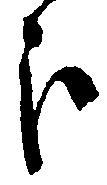
歩